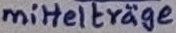
Text: mittelträge